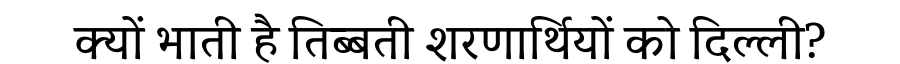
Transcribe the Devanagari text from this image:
क्यों भाती है तिब्बती शरणार्थियों को दिल्ली?